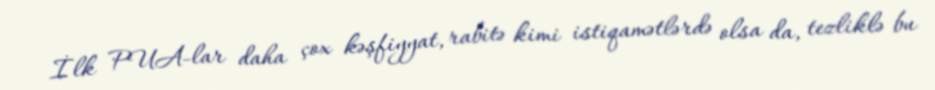
İlk PUA-lar daha çox kəşfiyyat, rabitə kimi istiqamətlərdə olsa da, tezliklə bu